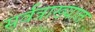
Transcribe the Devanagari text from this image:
सर्वत्राख्यात